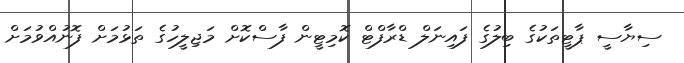
ސިޔާސީ ޕާޓީތަކުގެ ބިލުގެ ފައިނަލް ޑްރާފްޓް ކޮމިޓީން ފާސްކޮށް މަޖިލީހުގެ ތަޅުމަށް ފޮނުއްވުމަށް